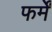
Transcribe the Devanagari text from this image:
फर्में